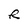
Character: R